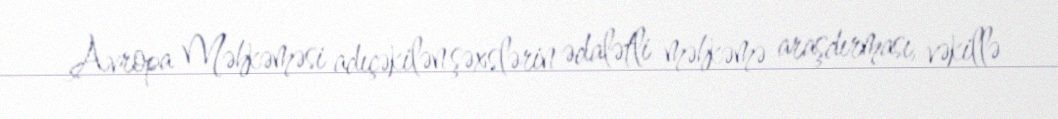
Avropa Məhkəməsi adıçəkilən şəxslərin ədalətli məhkəmə araşdırması, vəkillə